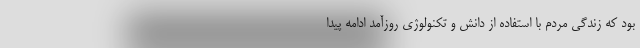
بود که زندگی مردم با استفاده از دانش و تکنولوژی روزآمد ادامه پیدا